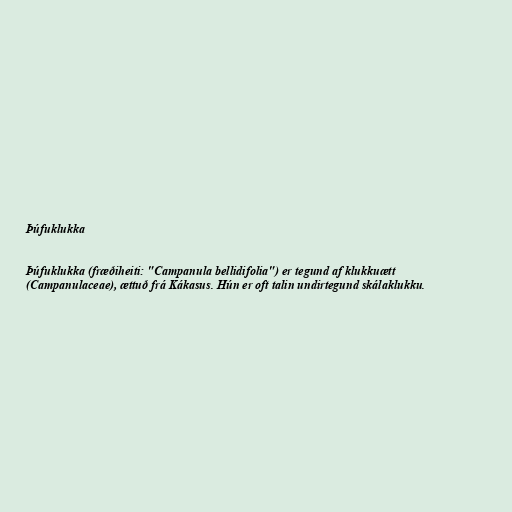
Þúfuklukka

Þúfuklukka (fræðiheiti: "Campanula bellidifolia") er tegund af klukkuætt
(Campanulaceae), ættuð frá Kákasus. Hún er oft talin undirtegund skálaklukku.